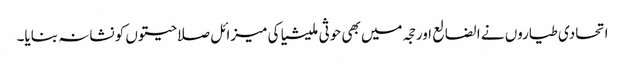
اتحادی طیاروں نے الضالع اور حجہ میں بھی حوثی ملیشیا کی میزائل صلاحیتوں کو نشانہ بنایا۔